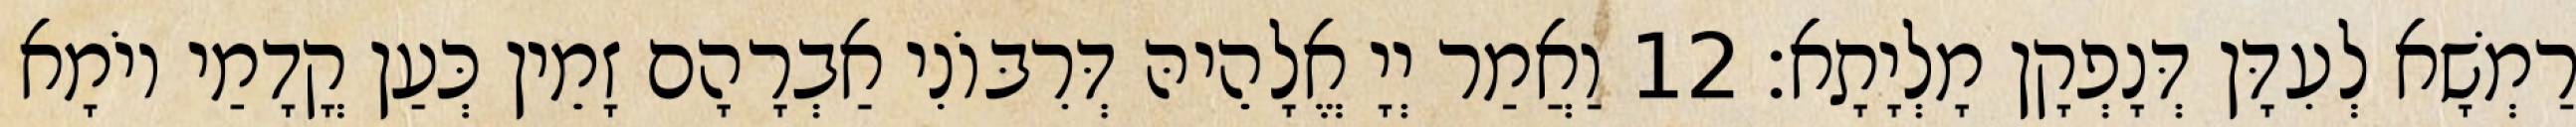
רַמְשָׁא לְעִדָּן דְּנָפְקָן מָלְיָתָא׃ 12 וַאֲמַר יְיָ אֱלָהֵיהּ דְּרִבּוֹנִי אַבְרָהָם זָמֵין כְּעַן קֳדָמַי יוֹמָא